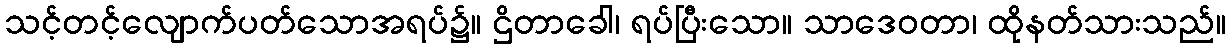
သင့်တင့်လျောက်ပတ်သောအရပ်၌။ ဌိတာခေါ၊ ရပ်ပြီးသော။ သာဒေဝတာ၊ ထိုနတ်သားသည်။